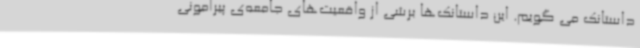
داستانک می گویم. این داستانک‌ها برشی از واقعیت‌های جامعه‌ی پیرامونی